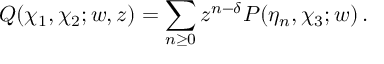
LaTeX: Q ( \chi _ { 1 } , \chi _ { 2 } ; w , z ) = \sum _ { n \geq 0 } z ^ { n - \delta } P ( \eta _ { n } , \chi _ { 3 } ; w ) \, .